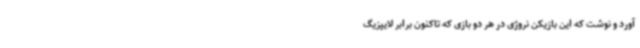
آورد و نوشت که این بازیکن نروژی در هر دو بازی که تاکنون برابر لایپزیگ